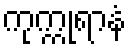
ကုက္ကုရာနံ